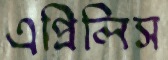
এপ্রিলিস